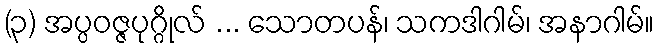
(၃) အပ္ပဝဇ္ဇပုဂ္ဂိုလ် ... သောတပန်၊ သကဒါဂါမ်၊ အနာဂါမ်။